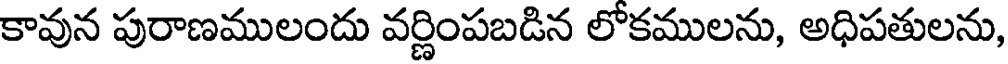
కావున పురాణములందు వర్ణింపబడిన లోకములను, అధిపతులను,